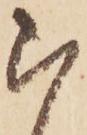
被